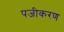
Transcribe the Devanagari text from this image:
पजीकरण